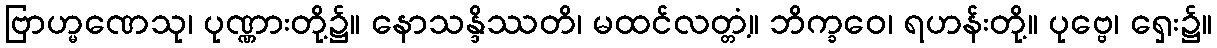
ဗြာဟ္မဏေသု၊ ပုဏ္ဏားတို့၌။ နောသန္ဒိဿတိ၊ မထင်လတ္တံ့။ ဘိက္ခဝေ၊ ရဟန်းတို့။ ပုဗ္ဗေ၊ ရှေး၌။